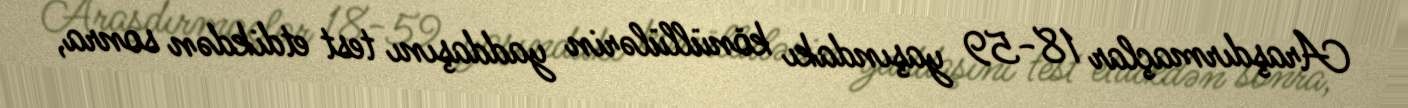
Araşdırmaçlar 18-59 yaşındakı könüllülərin yaddaşını test etdikdən sonra,